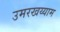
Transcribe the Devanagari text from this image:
उमरखय्याम